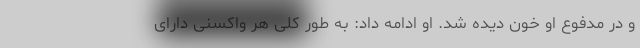
و در مدفوع او ‌خون دیده شد. او ادامه داد: به طور کلی هر واکسنی دارای